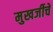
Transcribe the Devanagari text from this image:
मुखर्जीचे